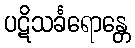
ပဋိသင်္ခရောန္တေ